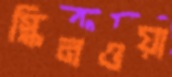
স্কিনওয়া